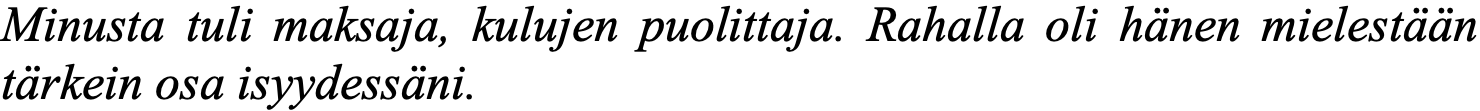
Minusta tuli maksaja, kulujen puolittaja. Rahalla oli hänen mielestään tärkein osa isyydessäni.